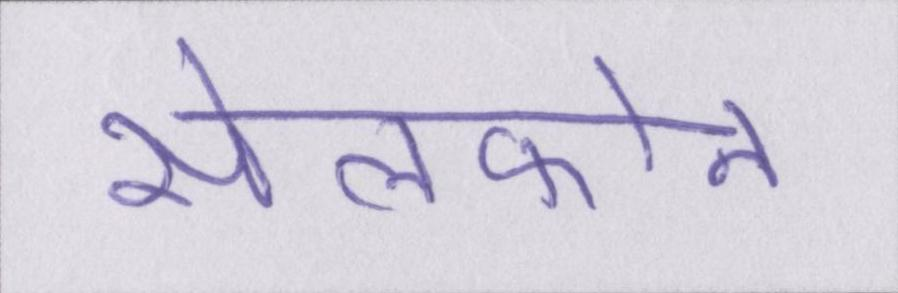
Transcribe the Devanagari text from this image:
सेलफोन